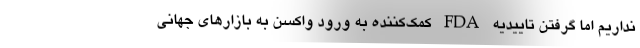
نداریم اما گرفتن تاییدیه FDA کمک‌کننده به ورود واکسن به بازارهای جهانی